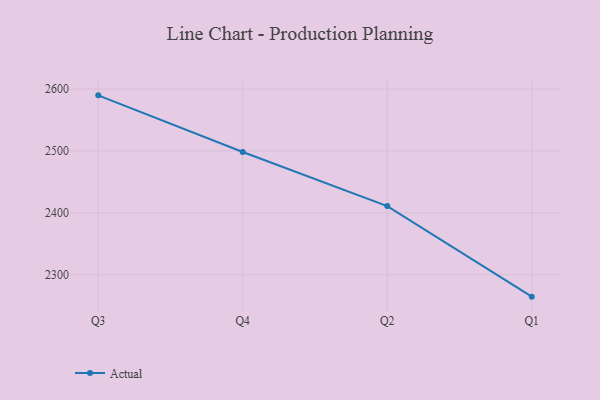
{"axis": {"x": "Quarter", "y": "Churn Rate (%)"}, "legend": ["Actual"], "data": [{"x": "Q3", "y": 2589.9, "type": "Actual"}, {"x": "Q4", "y": 2498.4, "type": "Actual"}, {"x": "Q2", "y": 2410.9, "type": "Actual"}, {"x": "Q1", "y": 2264.6, "type": "Actual"}]}